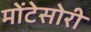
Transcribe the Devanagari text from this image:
मोंटेसोरी